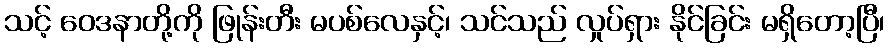
သင့် ဝေဒနာတို့ကို ဖြုန်းတီး မပစ်လေနှင့်၊ သင်သည် လှုပ်ရှား နိုင်ခြင်း မရှိတော့ပြီ၊